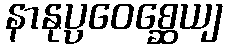
နာနုပ္ပဝေစ္ဆေယျ